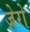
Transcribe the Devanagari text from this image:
ज़ेरो